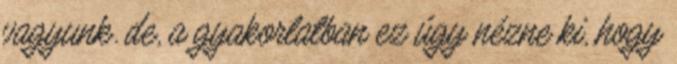
vagyunk. de, a gyakorlatban ez úgy nézne ki, hogy